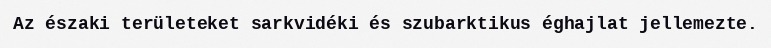
Az északi területeket sarkvidéki és szubarktikus éghajlat jellemezte.